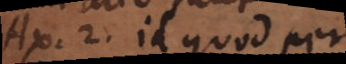
a 2. Id quod per